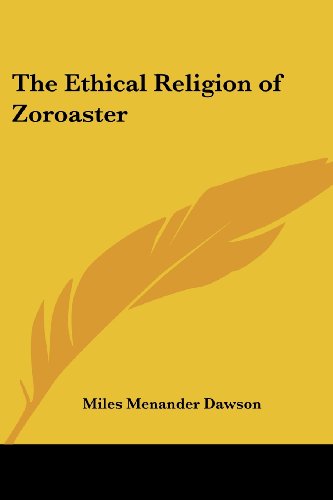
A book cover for The Ethical Religion of Zoroaster; Miles Menander Dawson; Religion & Spirituality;